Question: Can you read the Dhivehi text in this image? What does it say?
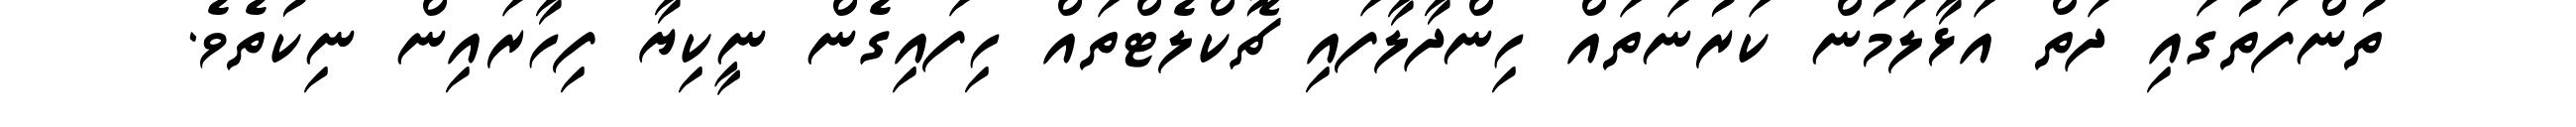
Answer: ތުންފަތުގައި ދަތް އަޅާލަމުން ކަރުނަތައް ހިންދާލާފައި ޗޮކްލެޓްތައް ހިފައިގެން ނީކިޔާ ފިހާރައިން ނިކުތެވެ.